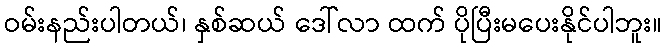
ဝမ်းနည်းပါတယ်၊ နှစ်ဆယ် ဒေါ်လာ ထက် ပိုပြီးမပေးနိုင်ပါဘူး။